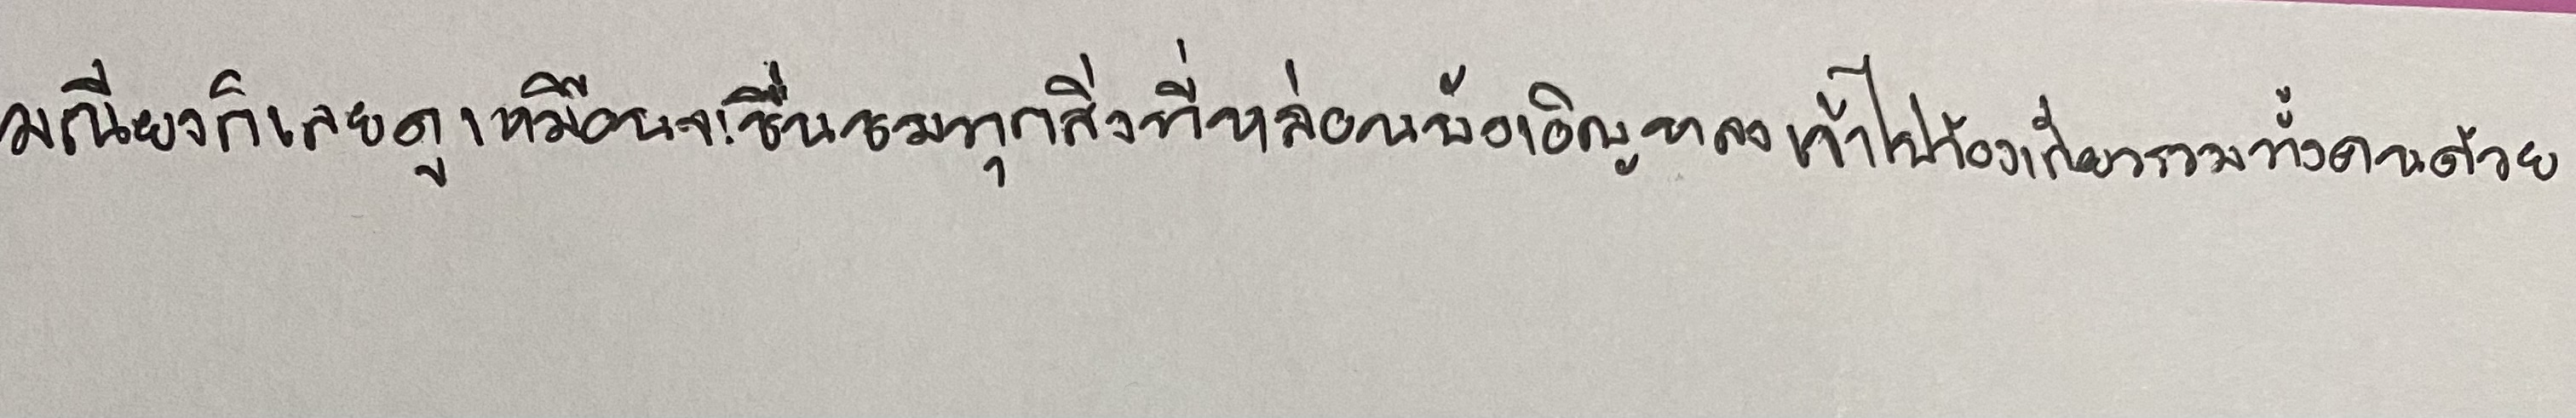
มณียงก็เลยดูเหมือนจะชื่นชมทุกสิ่งที่หล่อนบังเอิญหลงเข้าไปข้องเกี่ยวรวมทั้งคนด้วย